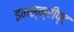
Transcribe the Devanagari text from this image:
इनस्क्रीप्ट